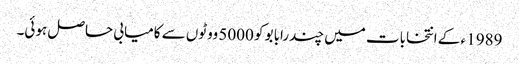
1989 ء کے انتخابات میں چندرابابو کو 5000 ووٹوں سے کامیابی حاصل ہوئی۔